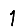
Digit: 1